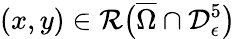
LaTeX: (x,y)\in\mathcal{R}\big(\overline{{\Omega}}\cap\mathcal{D}_{\epsilon}^{5}\big)